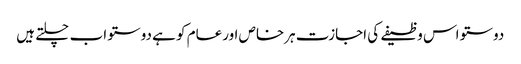
دوستو اس وظیفے کی اجازت ہرخاص اورعام کو ہے دوستو اب چلتے ہیں